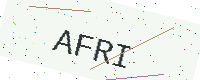
Text: AFRI